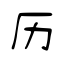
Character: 历